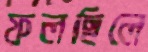
ফলছিলে